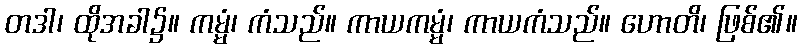
တဒါ၊ ထိုအခါ၌။ ကမ္မံ၊ ကံသည်။ ကာယကမ္မံ၊ ကာယကံသည်။ ဟောတိ၊ ဖြစ်၏။